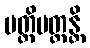
ပတ္တိပတ္တန္တိ